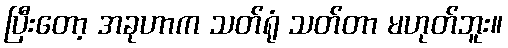
ပြီးတော့ အခုဟာက သတ်ရုံ သတ်တာ မဟုတ်ဘူး။